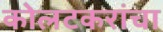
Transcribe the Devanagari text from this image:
कोलटकरांचा